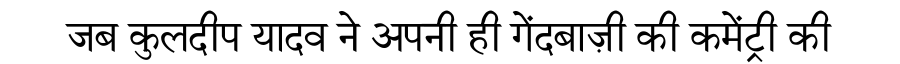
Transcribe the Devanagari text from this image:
जब कुलदीप यादव ने अपनी ही गेंदबाज़ी की कमेंट्री की